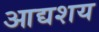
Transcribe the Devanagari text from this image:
आद्यशय